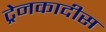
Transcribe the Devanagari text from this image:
ट्रेनकादीस